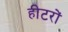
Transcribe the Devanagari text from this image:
हीटरों